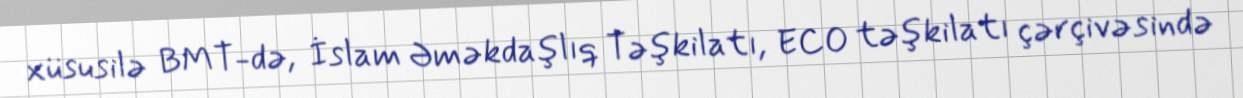
xüsusilə BMT-də, İslam Əməkdaşlıq Təşkilatı, ECO təşkilatı çərçivəsində